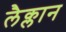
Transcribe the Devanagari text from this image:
लैक्लान